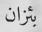
بئزان